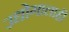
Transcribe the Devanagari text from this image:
उद्योगालाही